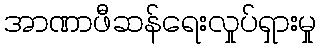
အာဏာဖီဆန်ရေးလှုပ်ရှားမှု